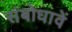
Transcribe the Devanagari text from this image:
संबोधावें